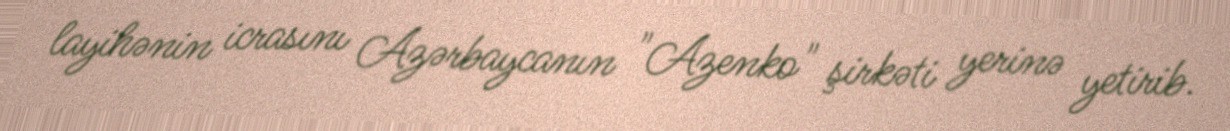
layihənin icrasını Azərbaycanın "Azenko" şirkəti yerinə yetirib.